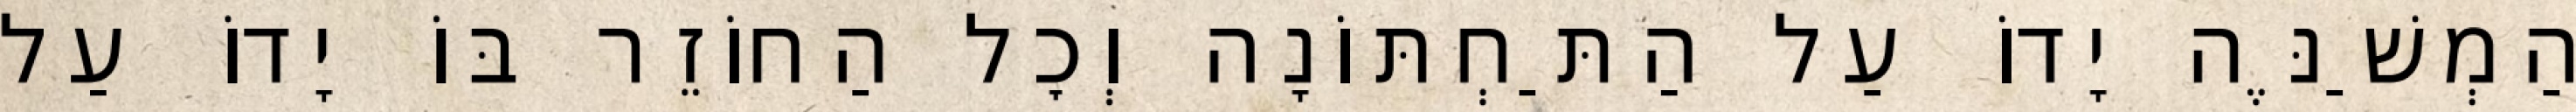
הַמְשַׁנֶּה יָדוֹ עַל הַתַּחְתּוֹנָה וְכׇל הַחוֹזֵר בּוֹ יָדוֹ עַל